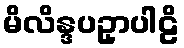
မိလိန္ဒပဥှာပါဠိ